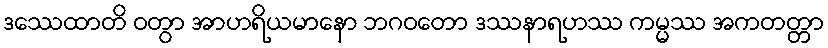
ဒဿေထာတိ ဝတွာ အာဟရိယမာနော ဘဂဝတော ဒဿနာရဟဿ ကမ္မဿ အကတတ္တာ